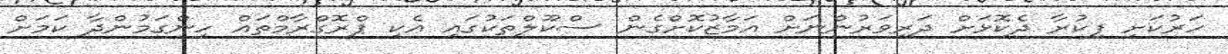
ހަރުކަށި ފިކުރާ ދެކޮޅަށް ދަރިވަރުންނަށް އަމާޒުކޮށްގެން ސްކޫލްތަކުގައި އެކި ޕްރޮގްރާމްތައް ހިންގަމުންދާ ކަމަށް